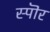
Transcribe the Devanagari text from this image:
स्पॊर